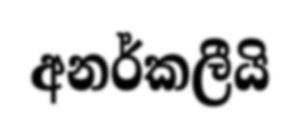
අනර්කලීයි